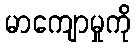
မာကျောမှုကို